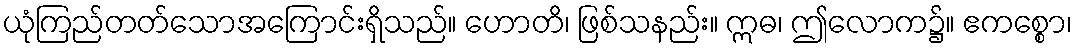
ယုံကြည်တတ်သောအကြောင်းရှိသည်။ ဟောတိ၊ ဖြစ်သနည်း။ ဣဓ၊ ဤလောက၌။ ဧကစ္စော၊